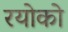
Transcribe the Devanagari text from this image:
रयोको